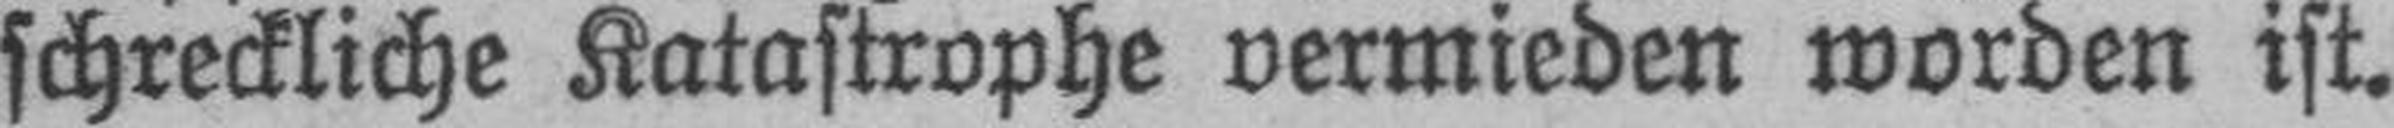
schreckliche Katastrophe vermieden worden ist.